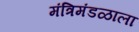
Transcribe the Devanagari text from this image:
मंत्रिमंडळाला